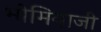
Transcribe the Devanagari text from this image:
भोमियाजी